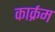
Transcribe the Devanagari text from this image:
कार्क्रम